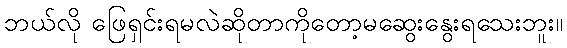
ဘယ်လို ဖြေရှင်းရမလဲဆိုတာကိုတော့မဆွေးနွေးရသေးဘူး။